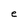
Character: e